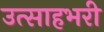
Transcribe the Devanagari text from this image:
उत्साहभरी